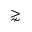
\gnsim